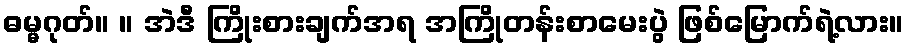
ဓမ္မဂုတ်။ ။ အဲဒီ ကြိုးစားချက်အရ အကြိုတန်းစာမေးပွဲ ဖြစ်မြောက်ရဲ့လား။